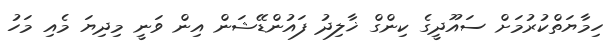
ހިމާޔަތްކުރުމަށް ސައޫދީގެ ކިންގް ޚާލިދު ފައުންޑޭޝަން އިން ވަނީ މިދިޔަ މެއި މަހު